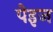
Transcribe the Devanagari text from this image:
पेइज